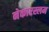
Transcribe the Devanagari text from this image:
नेकारस्लम